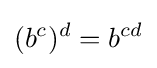
(b^{c})^{d}=b^{cd}